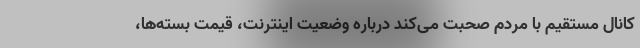
کانال مستقیم با مردم صحبت می‌کند درباره وضعیت اینترنت، قیمت بسته‌ها،